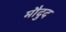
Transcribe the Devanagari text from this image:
मौदुद